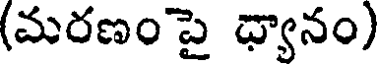
(మరణంపై ధ్యానం)